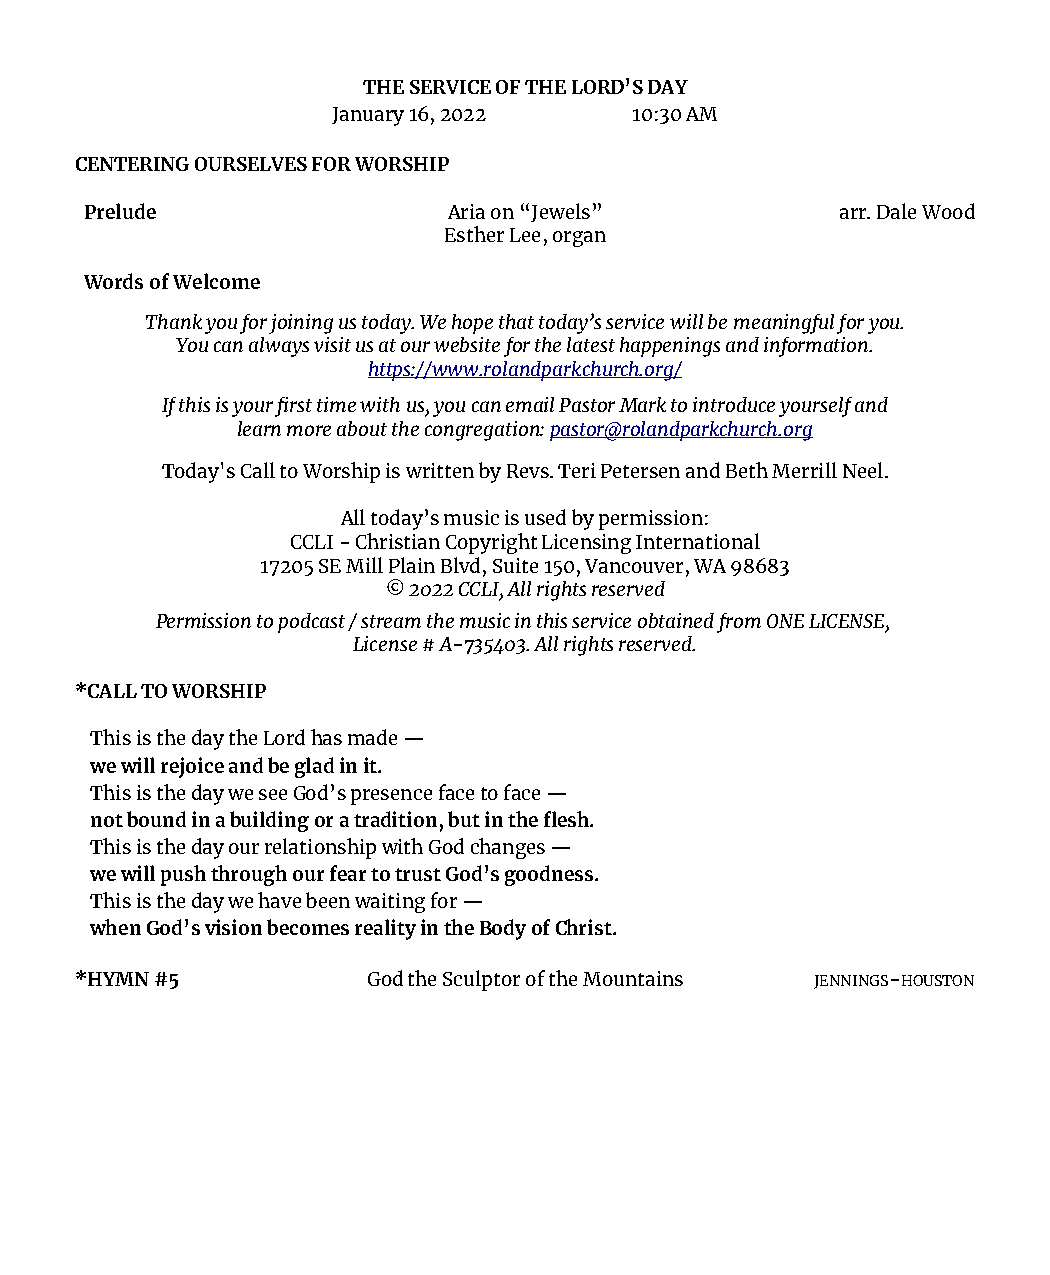
THE SERVICE OF THE LORD’S DAY
 January 16, 2022    10:30 AM
 CENTERING OURSELVES FOR WORSHIP
 Prelude                 Aria on “Jewels”          arr. Dale Wood
 Esther Lee, organ
 Words of Welcome
 Thank you for joining us today. We hope that today’s service will be meaningful for you.
 You can always visit us at our website for the latest happenings and information.
 https://www.rolandparkchurch.org/
 If this is your first time with us, you can email Pastor Mark to introduce yourself and
 learn more about the congregation: pastor@rolandparkchurch.org
 Today's Call to Worship is written by Revs. Teri Petersen and Beth Merrill Neel.
 All today’s music is used by permission:
 CCLI - Christian Copyright Licensing International
 17205 SE Mill Plain Blvd, Suite 150, Vancouver, WA 98683
 © 2022 CCLI, All rights reserved
 Permission to podcast / stream the music in this service obtained from ONE LICENSE,
 License # A-735403. All rights reserved.
 *CALL TO WORSHIP
 This is the day the Lord has made —
 we will rejoice and be glad in it.
 This is the day we see God’s presence face to face —
 not bound in a building or a tradition, but in the flesh.
 This is the day our relationship with God changes —
 we will push through our fear to trust God’s goodness.
 This is the day we have been waiting for —
 when God’s vision becomes reality in the Body of Christ.
 *HYMN #5           God the Sculptor of the Mountains JENNINGS-HOUSTON